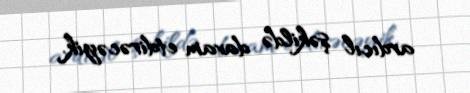
ardıcıl şəkildə davam etdirəcəyik.